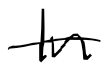
Text: In
Cross-out: single-line
Writing tool: digital_black